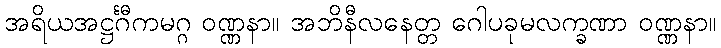
အရိယအဋ္ဌင်္ဂီကမဂ္ဂ ဝဏ္ဏနာ။ အဘိနီလနေတ္တ ဂေါပခုမလက္ခဏာ ဝဏ္ဏနာ။